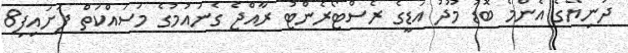
ދުނިޔޭގެ އެންމެ ބޮޑު މޫދު އަޑީގެ ރެސްޓޯރެންޓު ރާއްޖެ ގެނައުމުގެ މަސައްކަތް ފަށައިފި8